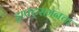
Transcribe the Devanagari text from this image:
ड्राफ्ट्‌समनचा